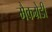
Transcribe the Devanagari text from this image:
मैकग्रेडी